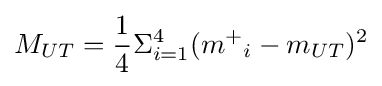
M_{UT}={\frac {1}{4}}\Sigma _{i=1}^{4}({m^{+}}_{i}-m_{UT})^{2}